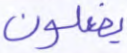
يفعلون